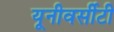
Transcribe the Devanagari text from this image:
यूनीवर्सीटी